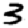
Digit: 3